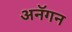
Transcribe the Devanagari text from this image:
अनॅगन